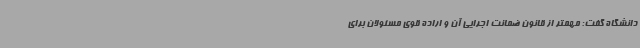
دانشگاه گفت‌: مهمتر از قانون ضمانت اجرایی آن و اراده قوی مسئولان برای